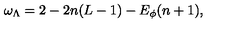
\omega _ { \Lambda } = 2 - 2 n ( L - 1 ) - E _ { \phi } ( n + 1 ) ,